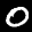
Label: 0